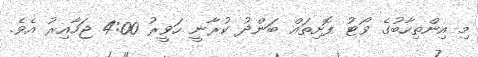
މި އިންތިހާބުގެ ވޯޓު ފޮށިތައް ބަންދު ކުރާނީ ހަވީރު 4:00 ޖަހާއިރު އެވެ.